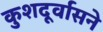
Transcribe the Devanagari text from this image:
कुशदूर्वासने